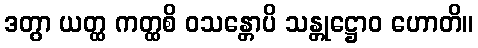
ဒတွာ ယတ္ထ ကတ္ထစိ ဝသန္တောပိ သန္တုဋ္ဌောဝ ဟောတိ။